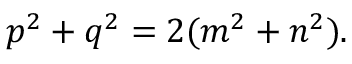
p ^ { 2 } + q ^ { 2 } = 2 ( m ^ { 2 } + n ^ { 2 } ) .